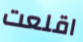
اقلعت